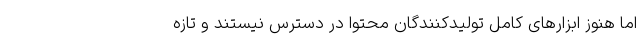
اما هنوز ابزار‌های کامل تولیدکنندگان محتوا در دسترس نیستند و تازه